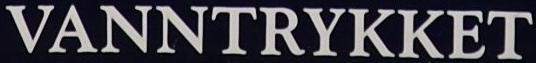
VANNTRYKKET